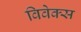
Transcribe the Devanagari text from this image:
विवेक्स